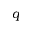
q